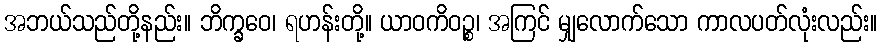
အဘယ်သည်တို့နည်း။ ဘိက္ခဝေ၊ ရဟန်းတို့။ ယာဝကိဝဉ္စ၊ အကြင် မျှလောက်သော ကာလပတ်လုံးလည်း။